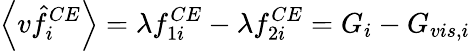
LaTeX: \left\langle v\hat{f}_{i}^{CE}\right\rangle=\lambda f_{1i}^{CE}-\lambda f_{2i}^{CE}=G_{i}-G_{vis,i}